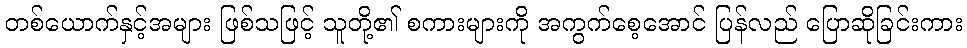
တစ်ယောက်နှင့်အများ ဖြစ်သဖြင့် သူတို့၏ စကားများကို အကွက်စေ့အောင် ပြန်လည် ပြောဆိုခြင်းကား